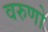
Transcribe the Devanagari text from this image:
वरुणो